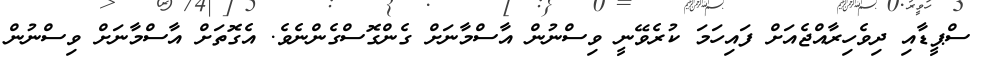
ސްޕީޑާއި ދިވެހިރާއްޖެއަށް ފައިހަމަ ކުރެވޭނީ ވިސްނުން އާސްމާނަށް ގެންގޮސްގެންނެވެ. އެގޮތަށް އާސްމާނަށް ވިސްނުން